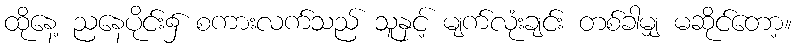
ထိုနေ့ ညနေပိုင်း၌ စကားလက်သည် သူနှင့် မျက်လုံးချင်း တစ်ခါမျှ မဆိုင်တော့။